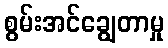
စွမ်းအင်ချွေတာမှု